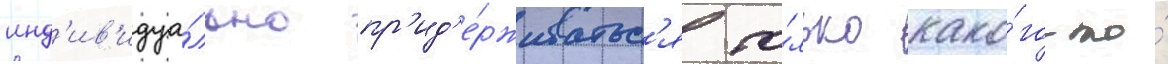
инд'ив'идуа́льно пр'ид'е́рживатьс'я то́лько како́го-то́